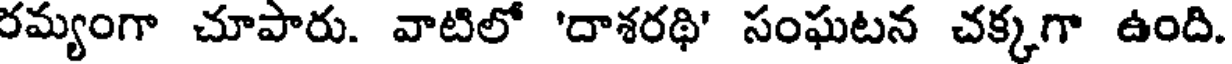
రమ్యంగా చూపారు. వాటిలో 'దాశరథి' సంఘటన చక్కగా ఉంది.